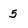
Character: 5